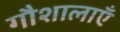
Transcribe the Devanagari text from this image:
गौशालाएँ